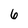
Character: 6